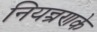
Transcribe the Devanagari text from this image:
नियन्त्रणके